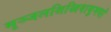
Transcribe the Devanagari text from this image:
मृञ्जलशिखिवायुमयो